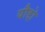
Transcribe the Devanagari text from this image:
यौद्दो